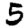
Digit: 5